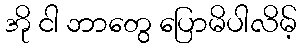
အို ငါ ဘာတွေ ပြောမိပါလိမ့်